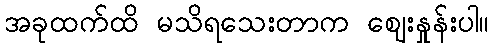
အခုထက်ထိ မသိရသေးတာက ဈေးနှုန်းပါ။